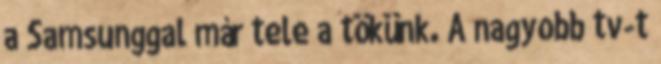
a Samsunggal már tele a tökünk. A nagyobb tv-t